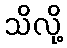
သိလို့